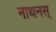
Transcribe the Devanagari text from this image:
नाथनस्